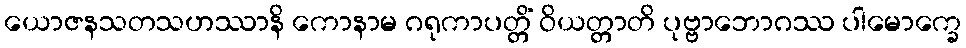
ယောဇနသတသဟဿာနိ ကောနာမ ဂရုကာပတ္တိံ ဝိယတ္တာတိ ပုဗ္ဗာဘောဂဿ ပါမောက္ခေ